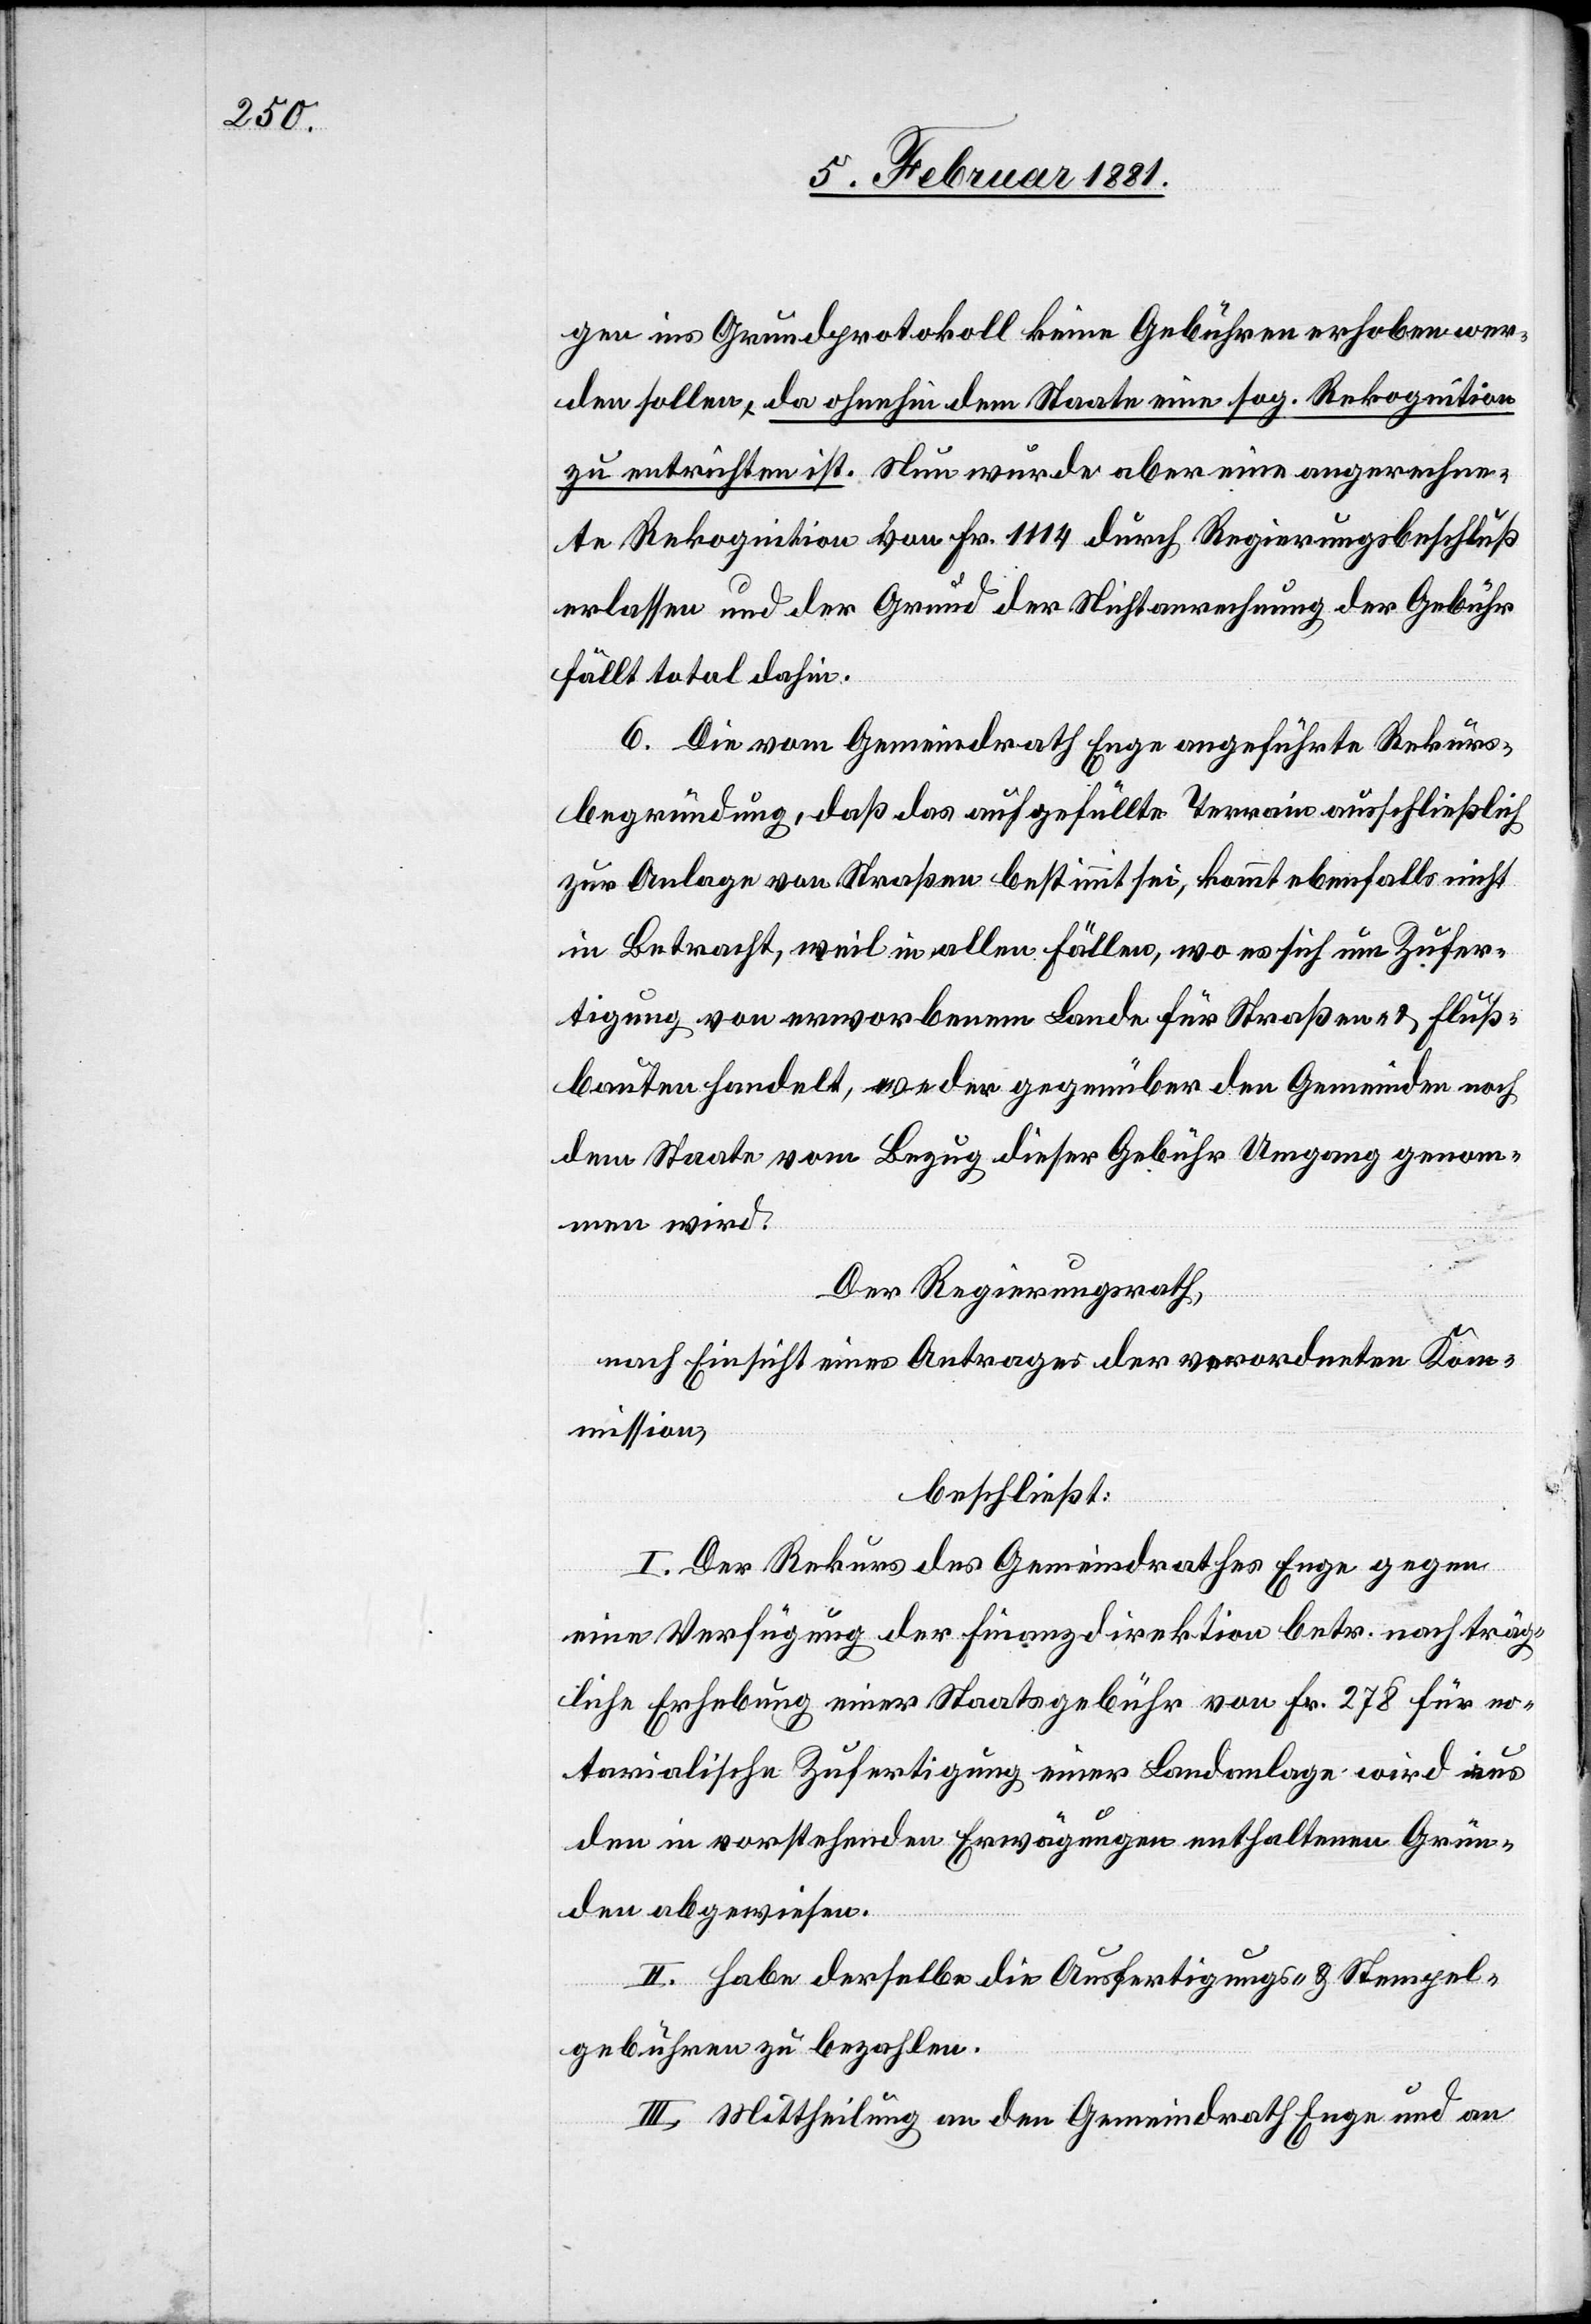
gen ins Grundprotokoll keine Gebühren erhoben wer¬
den sollen, da ohnehin dem Staate eine sof. Rekognition
zu entrichten ist. Nun wurde aber eine angerechne¬
te Rekognition von Fr. 1114 durch Regierungsbeschluß
erlassen und der Grund der Nichtanrechnung der Gebühr
fällt total dahin.
6. Die vom Gemeindrath Enge angeführte Rekurs¬
begründung, daß das aufgefüllte Terrain ausschließlich
zur Anlage von Straßen bestimmt sei, kommt ebenfalls nicht
in Betracht, weil in allen Fällen, wo es sich um Zufer¬
tigung von erworbenem Lande für Straßen & Fluß¬
bauten handelt, von der gegenüber den Gemeinden noch
dem Staate vom Bezug dieser Gebühr Umgang genom¬
men wird.
Der Regierungsrath,
nach Einsicht eines Antrages der verordneten Kom¬
mission,
beschließt:
I. Der Rekurs des Gemeindrathes Enge gegen
eine Verfügung der Finanzdirektion betr. nachträg¬
liche Erhebung einer Staatsgebühr von Fr. 278 für no¬
tarialische Zufertigung einer Landanlage wird aus
den in vorstehenden Erwägungen enthaltenen Grün¬
den abgewiesen.
II. Mittheilung an den Gemeindrath Enge und an